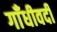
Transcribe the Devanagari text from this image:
गाँधीवदी